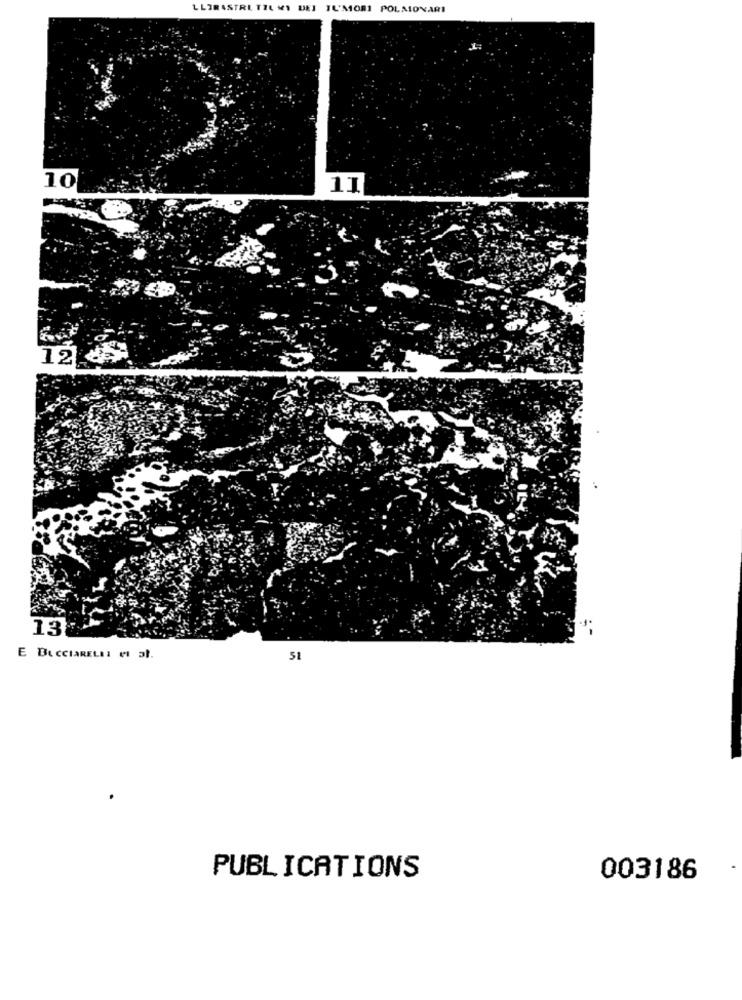
LLIRASTRI TIL MI DEI TUMORI POLMONARI
10
11
12 +
13
E BUCCIARELLI MI JI.
51
PUBLICATIONS
003186